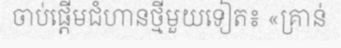
ចាប់ផ្តើមជំហានថ្មីមួយទៀត៖ «គ្រាន់